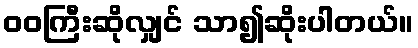
ဝဝကြီးဆိုလျှင် သာ၍ဆိုးပါတယ်။